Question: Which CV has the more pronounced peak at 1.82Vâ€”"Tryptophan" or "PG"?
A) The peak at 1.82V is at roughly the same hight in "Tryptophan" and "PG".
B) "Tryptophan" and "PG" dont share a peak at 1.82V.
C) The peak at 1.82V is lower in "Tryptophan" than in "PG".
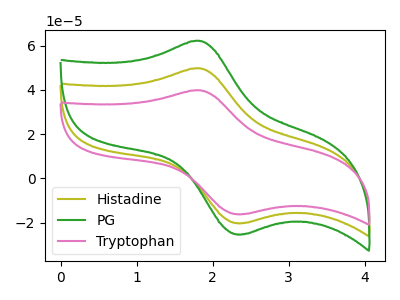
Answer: <think>The olive curve "Histadine" has an anodic peak at (1.80V, 49.70uA) and a cathodic peak at (2.40V, -20.25uA). The green curve "PG" has an anodic peak at (1.80V, 99.35uA) and a cathodic peak at (2.40V, -40.50uA). The pink curve "Tryptophan" has an anodic peak at (1.80V, 39.75uA) and a cathodic peak at (2.40V, -16.20uA).</think>
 <answer>C) The peak at 1.82V is lower in "Tryptophan" than in "PG".</answer>
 <eval>C</eval>